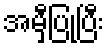
အမှီပြုပြီး